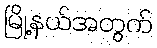
မြို့နယ်အတွက်